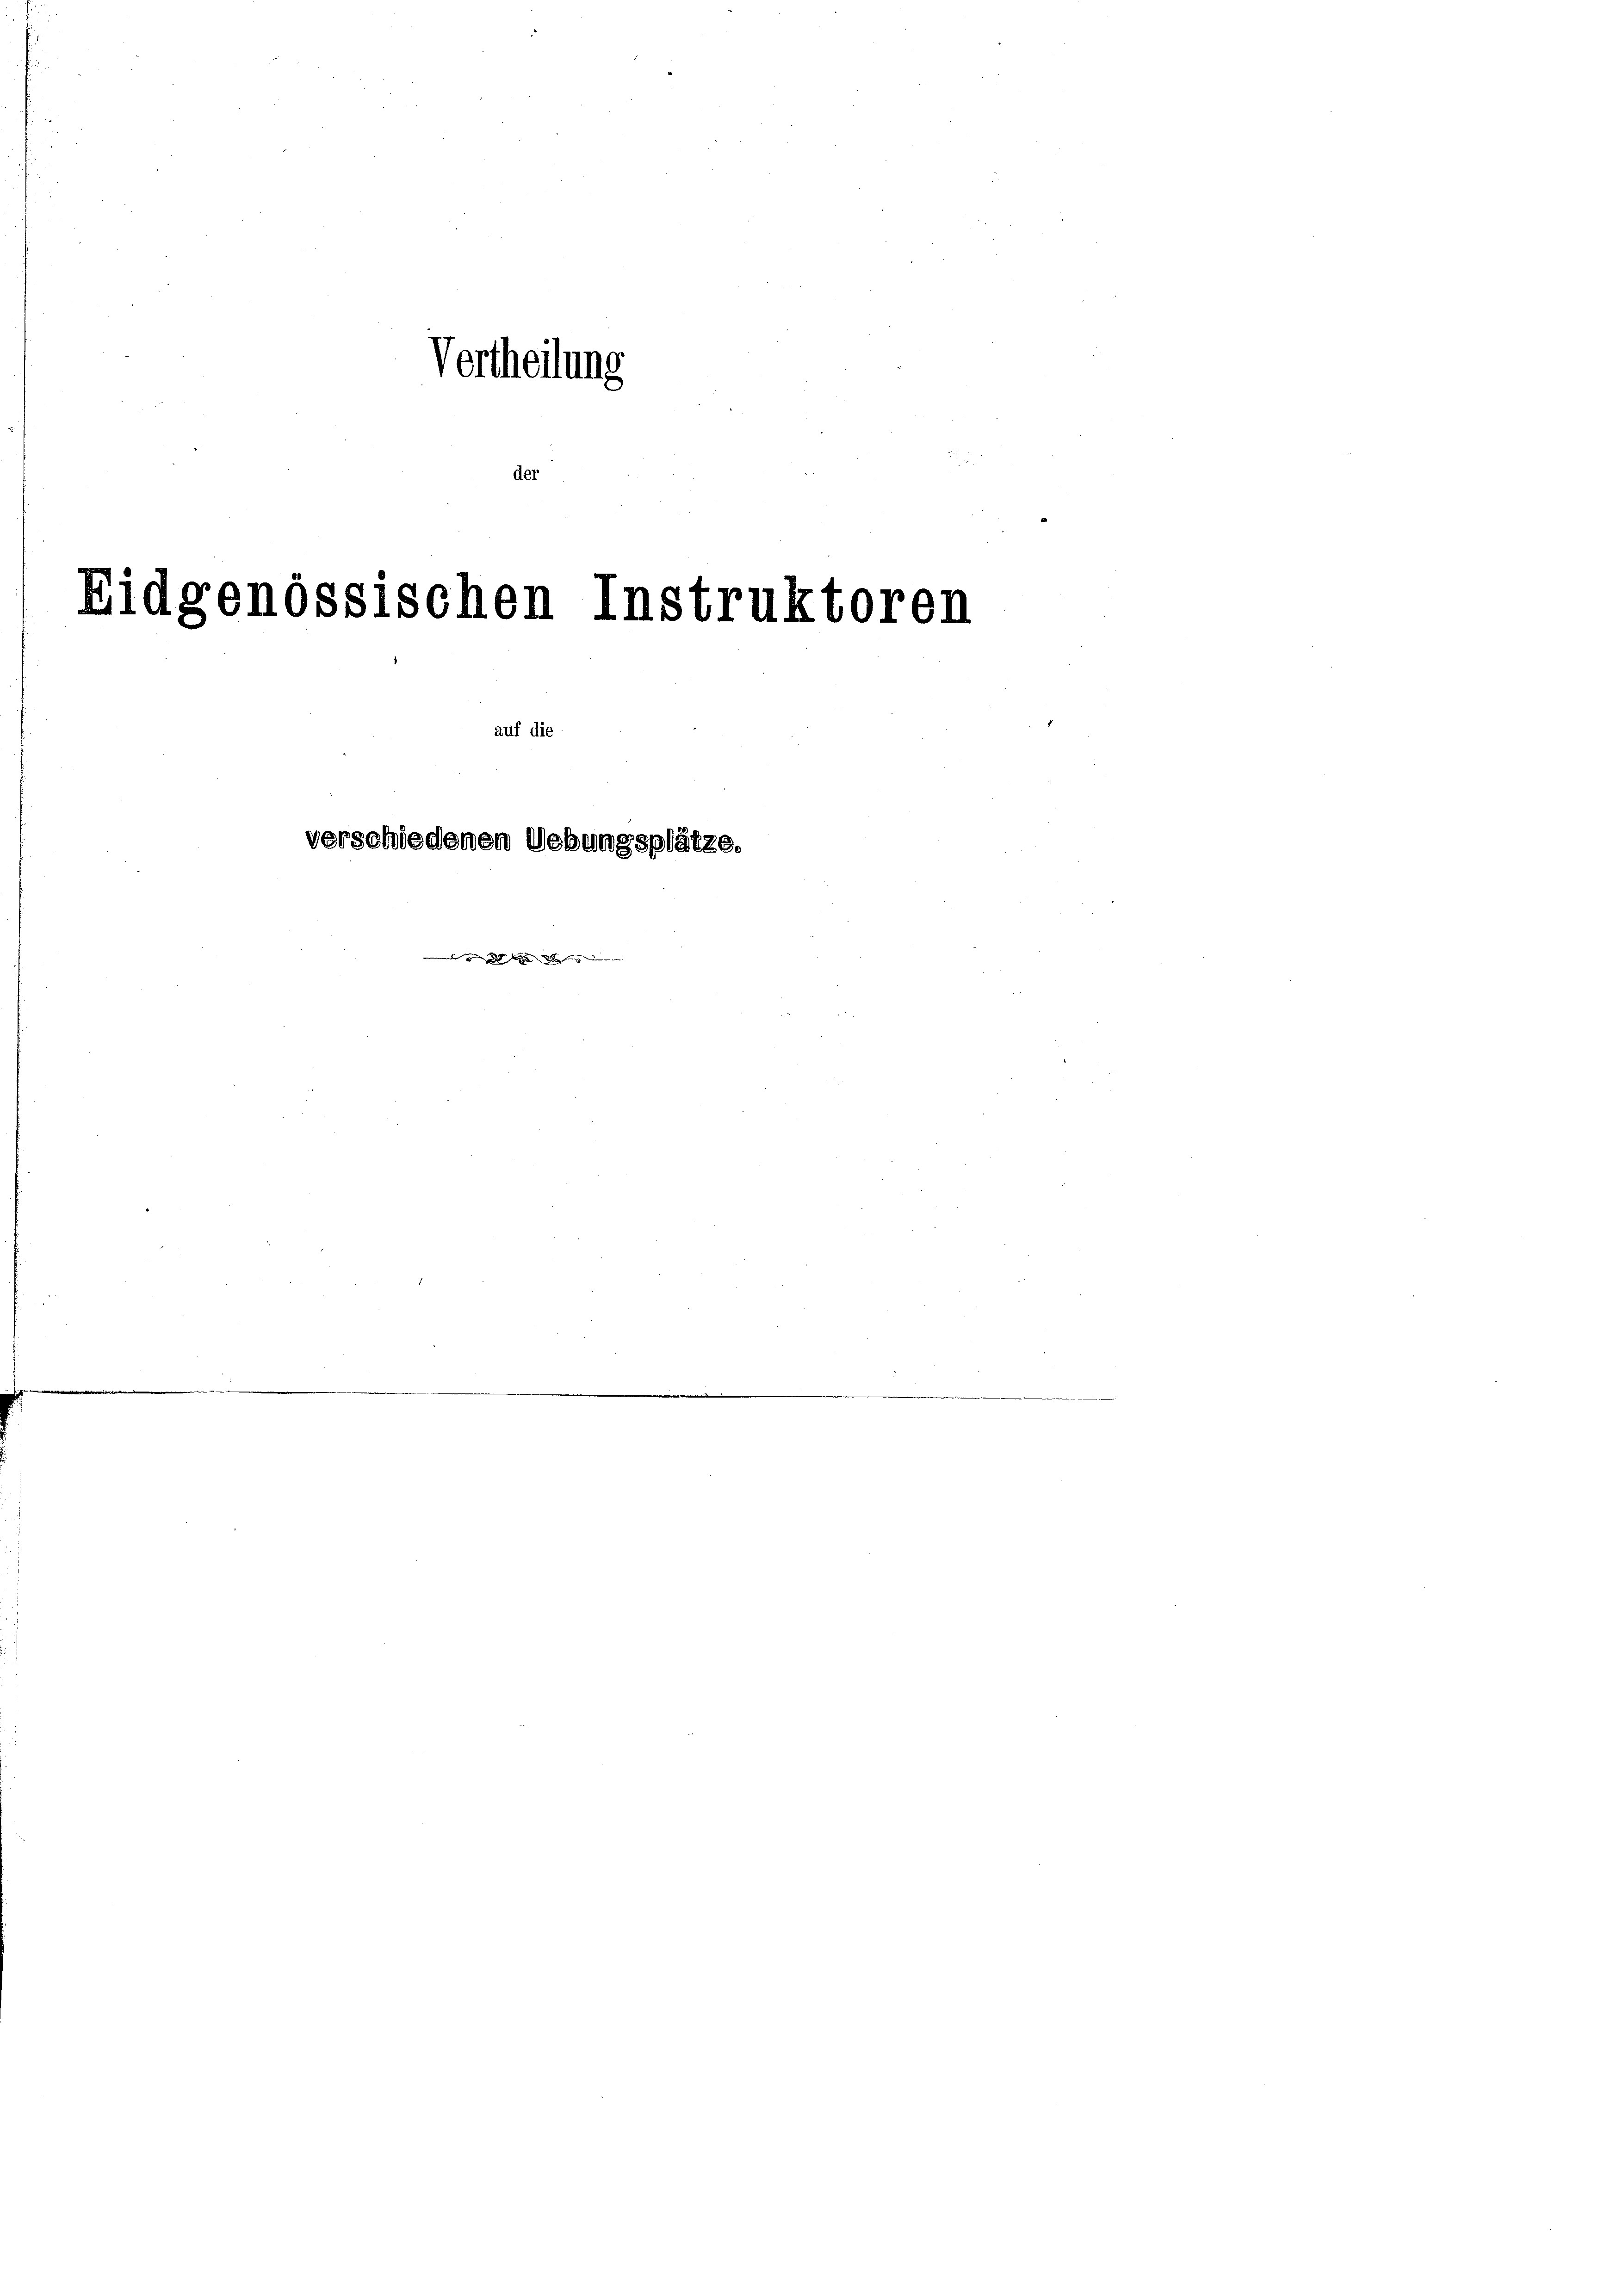
Vertheilung
der

Eidgenössischen Instruktoren
e

verschiedenen Uebungsplätze.

auf die